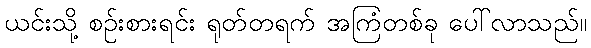
ယင်းသို့ စဉ်းစားရင်း ရုတ်တရက် အကြံတစ်ခု ပေါ်လာသည်။